Distribution and causation of leprosy in British India
Year: 1875
Disease focus: Leprosy
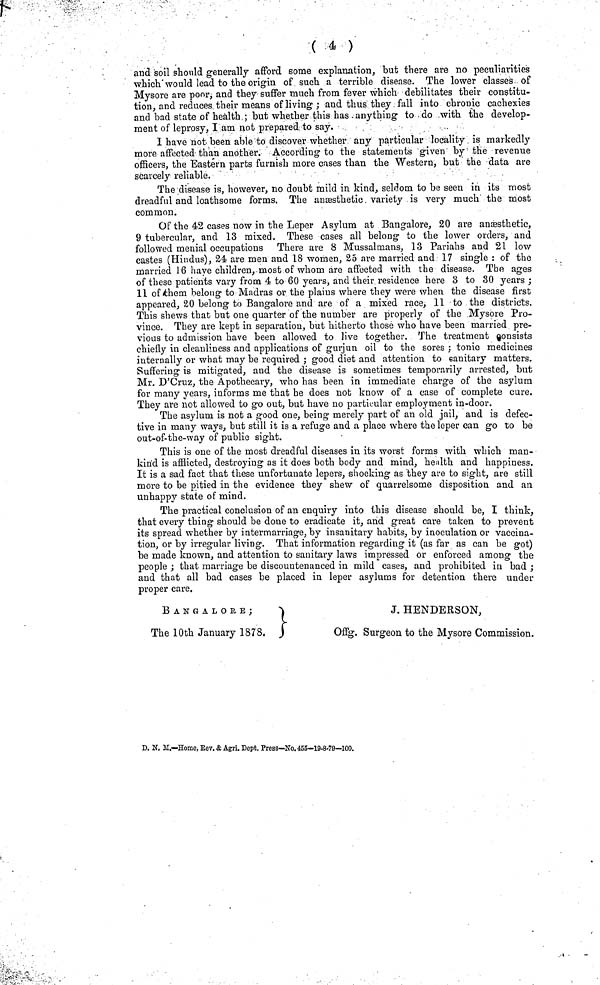
( 4 )
and soil should generally afford some explanation, but there are no peculiarities
which'would lead to the origin of such a terrible disease. The lower classes of
Mysore are pooi- and they suffer much from fever which debilitates their constitu-
tion, and reduces their means of living ; and thus they fall into chronic cachexies
and bad state of health ; but whether this has anything to do with the develop-
ment of leprosy, I am not prepared to say.
I have not been able to discover whether any particular locality is markedly
more affected than another. According to the statements given by the revenue
officers, the Eastern parts furnish more cases than the Western, but the data are
scarcely reliable.
The disease is, however, no doubt mild in kind, seldom to be seen in its most
dreadful and loathsome forms. The ansesthetic. variety is very much the most
common.
Of the 42 cases now in the Leper Asylum at Bangalore, 20 are anaesthetic,
9 tubercular, and 13 mixed. These cases all belong to the lower orders, and
followed menial occupations Thei-e are 8 Mussalmans, 13 Pariahs and 21 low
castes (Hindus), 24 are men and 18 women, 25 are married and 17 single : of the
married 16 have children, most of whom are affected with the disease. The ages
of these patients vary from 4 to 60 years, and their residence here 3 to 30 years ;
11 of them belong to Madras or the plains where they were when the disease first
appeared, 20 belong to Bangalore and are of a mixed race, 11 to the districts.
This shews that but one quarter of the number are properly of the Mysore Pro-
vince. They are kept in separation, but hitherto those who have been married pre-
vious to admission have been allowed to live together. The treatment consists
chiefly in cleanliness and applications of gurjun oil to the sores ; tonic medicines
internally or what may be required ; good diet and attention to sanitary matters.
Suffering is mitigated, and the disease is sometimes temporarily arrested, but
Mr. D'Cruz, the Apothecary, who has been in immediate charge of the asylum
for many years, informs me that he does not know of a case of complete cure.
They are not allowed to go out, but have no particular employment in-door.
The asylum is not a good one, being merely part of an old jail, and is defec-
tive in many ways, but still it is a refuge and a place where the leper can go to be
out-of-the-way of public sight.
This is one of the most dreadful diseases in its worst forms with which man-
kind is afflicted, destroying as it does both body and mind, health and happiness.
It is a sad fact that these unfortunate lepers, shocking as they are to sight, are still
more to be pitied in the evidence they shew of quarrelsome disposition and an
unhappy state of mind.
The practical conclusion of an enquiry into this disease should be, I think,
that every thing should be done to eradicate it, and great care taken to prevent
its spread whether by intermarriage, by insanitary habits, by inoculation or vaccina-
tion, or by irregular living. That information regarding it (as far as can be got)
be made known, and attention to sanitary laws impressed or enforced amono· the
people ; that marriage be discountenanced in mild cases, and prohibited in bad ;
and that all bad cases be placed in leper asylums for detention there under-
proper care.
BANGALORE;
The 10th January 1878.
J. HENDERSON,
Offg. Surgeon to the Mysore Commission.
D. Ν. M.—Home, Kev. & Agri. Dept. Press—No. 455—19-8-79—100.